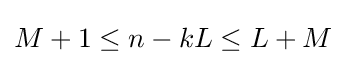
M+1\leq n-kL\leq L+M